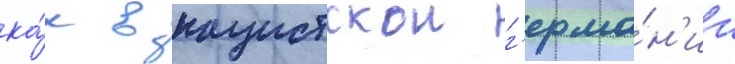
ка́к в нацистскои г'ерма́н'ии